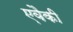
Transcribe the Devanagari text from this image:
एवैकी